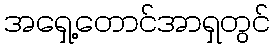
အရှေ့တောင်အာရှတွင်